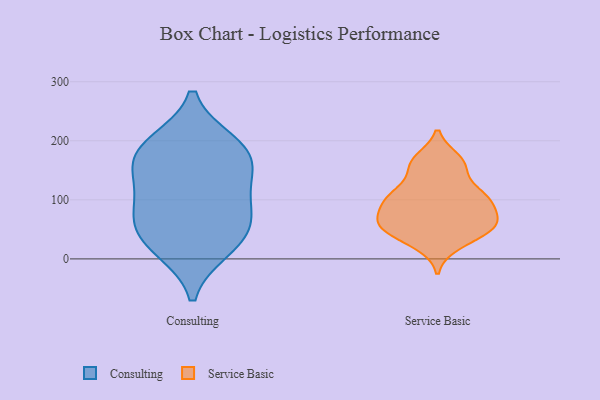
{"axis": {"x": "Production Output", "y": "Value"}, "legend": ["Consulting", "Service Basic"], "data": [{"x": "", "y": 169, "type": "Consulting"}, {"x": "", "y": 30, "type": "Consulting"}, {"x": "", "y": 195, "type": "Consulting"}, {"x": "", "y": 123, "type": "Consulting"}, {"x": "", "y": 93, "type": "Consulting"}, {"x": "", "y": 160, "type": "Consulting"}, {"x": "", "y": 52, "type": "Consulting"}, {"x": "", "y": 18, "type": "Consulting"}, {"x": "", "y": 74, "type": "Consulting"}, {"x": "", "y": 188, "type": "Consulting"}, {"x": "", "y": 43, "type": "Service Basic"}, {"x": "", "y": 158, "type": "Service Basic"}, {"x": "", "y": 53, "type": "Service Basic"}, {"x": "", "y": 110, "type": "Service Basic"}, {"x": "", "y": 168, "type": "Service Basic"}, {"x": "", "y": 100, "type": "Service Basic"}, {"x": "", "y": 92, "type": "Service Basic"}, {"x": "", "y": 159, "type": "Service Basic"}, {"x": "", "y": 63, "type": "Service Basic"}, {"x": "", "y": 107, "type": "Service Basic"}, {"x": "", "y": 65, "type": "Service Basic"}, {"x": "", "y": 108, "type": "Service Basic"}, {"x": "", "y": 52, "type": "Service Basic"}, {"x": "", "y": 65, "type": "Service Basic"}, {"x": "", "y": 24, "type": "Service Basic"}]}